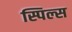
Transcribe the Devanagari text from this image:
स्पिल्स